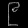
Digit: ၉